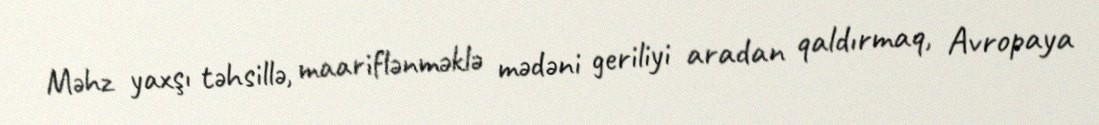
Məhz yaxşı təhsillə, maariflənməklə mədəni geriliyi aradan qaldırmaq, Avropaya